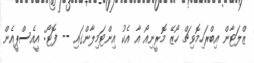
ޒްލަޓާން އިބްރަހިމޮވިޗް ހޯޒޭ މޮރީނިއޯ އާ އެކު އިންޓަމިލާންގައި -- ފޮޓޯ: އީއެސްޕީއެން